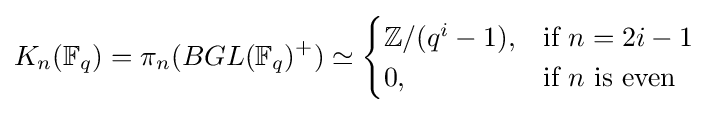
K_{n}(\mathbb {F} _{q})=\pi _{n}(BGL(\mathbb {F} _{q})^{+})\simeq {\begin{cases}\mathbb {Z} /{(q^{i}-1)},&{\text{if }}n=2i-1\\0,&{\text{if }}n{\text{ is even}}\end{cases}}